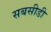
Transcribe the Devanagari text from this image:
सबसीडी